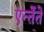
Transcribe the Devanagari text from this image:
एन्तेंते